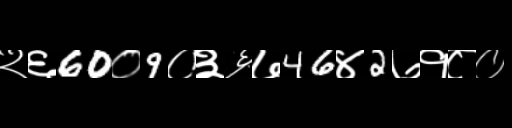
Text: २६60०9०३६७46४2७१८०